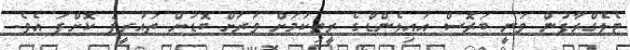
ޓެލެގްރާފުން ވަނީ ބަރޮސް އައިލެންޑްގެ ރީތިކަމަށް ވަރަށް ބޮޑަށް ތައުރީފު ކޮށްފަ އެވެ.